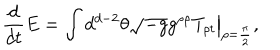
LaTeX: { \frac { d } { d t } } E = \int d ^ { d - 2 } \theta \left. \sqrt { - g } g ^ { \rho \rho } T _ { \rho t } \right| _ { \rho = { \frac { \pi } { 2 } } } ,